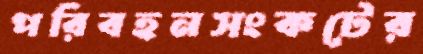
পরিবহনসংকটের